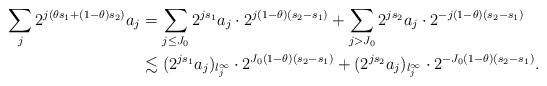
LaTeX: \begin{align*}\sum_j 2^{j (\theta s_1+(1-\theta)s_2 )} a_j & = \sum_{j\le J_0} 2^{js_1}a_j \cdot 2^{j(1-\theta)(s_2-s_1)} + \sum_{j>J_0} 2^{js_2 } a_j \cdot 2^{-j(1-\theta)(s_2-s_1)} \\& \lesssim (2^{js_1} a_j)_{l_j^{\infty}} \cdot 2^{J_0 (1-\theta)(s_2-s_1)} + (2^{js_2} a_j)_{l_j^\infty} \cdot 2^{-J_0(1-\theta)(s_2-s_1)}.\end{align*}